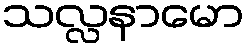
သလ္လနာမော